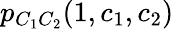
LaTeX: {p_{C_{1}C_{2}}(1,c_{1},c_{2})}